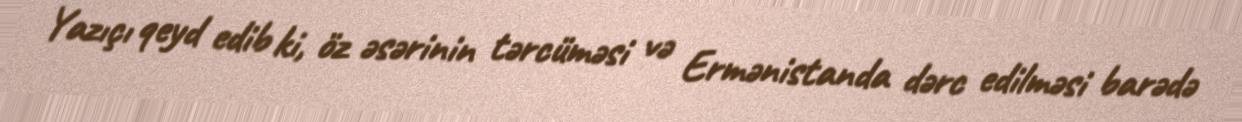
Yazıçı qeyd edib ki, öz əsərinin tərcüməsi və Ermənistanda dərc edilməsi barədə